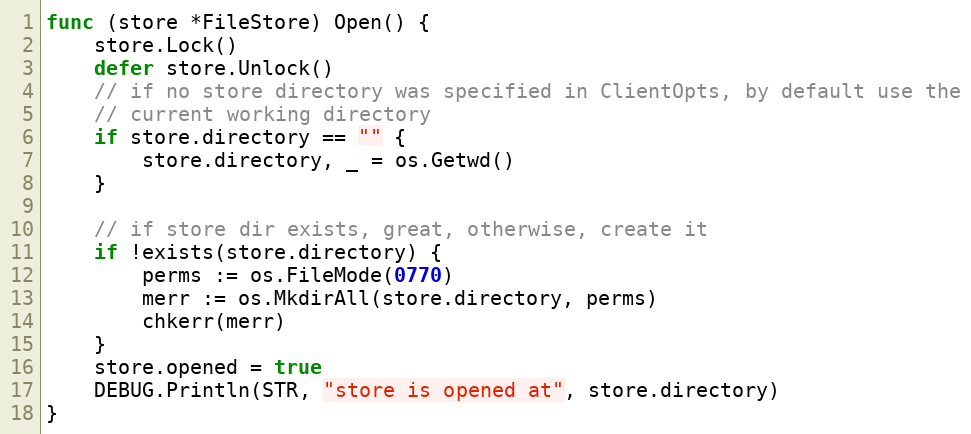
Language: Go
func (store *FileStore) Open() {
	store.Lock()
	defer store.Unlock()
	// if no store directory was specified in ClientOpts, by default use the
	// current working directory
	if store.directory == "" {
		store.directory, _ = os.Getwd()
	}

	// if store dir exists, great, otherwise, create it
	if !exists(store.directory) {
		perms := os.FileMode(0770)
		merr := os.MkdirAll(store.directory, perms)
		chkerr(merr)
	}
	store.opened = true
	DEBUG.Println(STR, "store is opened at", store.directory)
}